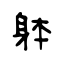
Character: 躰